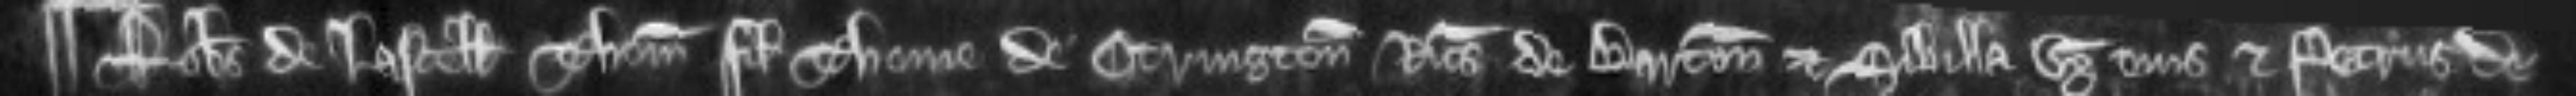
¶Robertus de Lascell Thomas filius Thome de Otrington Ricardus de Barton et Sibilla uxor eius et Petrus de